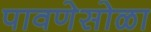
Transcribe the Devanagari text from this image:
पावणेसोळा